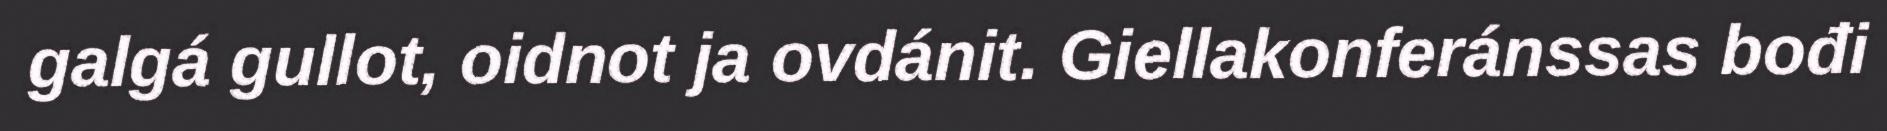
galgá gullot, oidnot ja ovdánit. Giellakonferánssas bođi